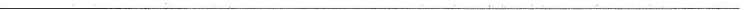
___